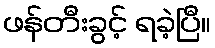
ဖန်တီးခွင့် ရခဲ့ပြီ။